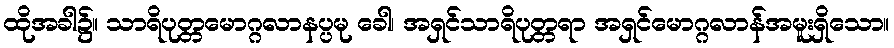
ထိုအခါ၌။ သာရိပုတ္တမောဂ္ဂလာနပ္ပမု ခေါ၊ အရှင်သာရိပုတ္တရာ အရှင်မောဂ္ဂလာန်အမူးရှိသော။